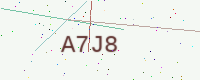
Text: A7J8